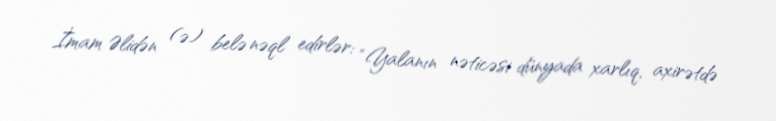
İmam Əlidən (ə) belə nəql edirlər: “Yalanın nəticəsi dünyada xarlıq, axirətdə